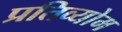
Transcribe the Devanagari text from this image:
प्रतिव्योम